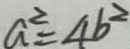
a ^ { 2 } = 4 b ^ { 2 }